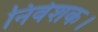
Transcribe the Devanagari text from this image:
निवेशक।